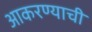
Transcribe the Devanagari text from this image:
आकरण्याची